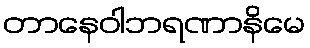
တာနေဝါဘရဏာနိမေ